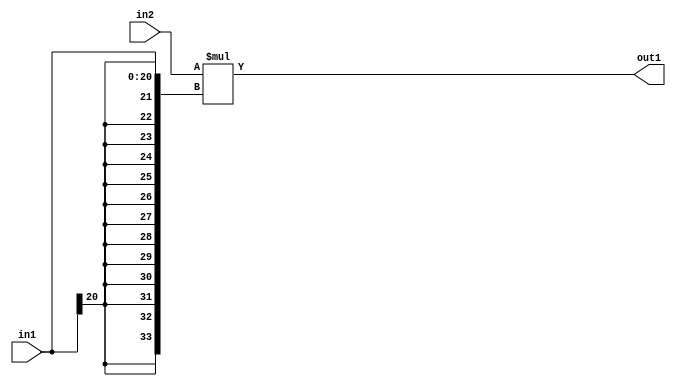
`timescale 1ps / 1ps
/*****************************************************************************
    Verilog RTL Description
    
    
    Created by: Stratus DpOpt 21.05.01 
*******************************************************************************/

module SobelFilter_Mul_32Ux21S_34S_1 (
	in2,
	in1,
	out1
	); /* architecture "behavioural" */ 
input [31:0] in2;
input [20:0] in1;
output [33:0] out1;
wire [33:0] asc001;

assign asc001 = 
	+(in2 * {{13{in1[20]}}, in1});

assign out1 = asc001;
endmodule

/* CADENCE  ubP3SAE= : u9/ySxbfrwZIxEzHVQQV8Q== ** DO NOT EDIT THIS LINE ******/